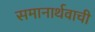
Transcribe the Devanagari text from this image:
समानार्थवाची